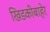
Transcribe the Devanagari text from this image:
खिडकीबाहेर